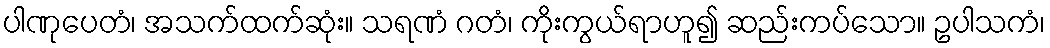
ပါဏုပေတံ၊ အသက်ထက်ဆုံး။ သရဏံ ဂတံ၊ ကိုးကွယ်ရာဟူ၍ ဆည်းကပ်သော။ ဥပါသကံ၊